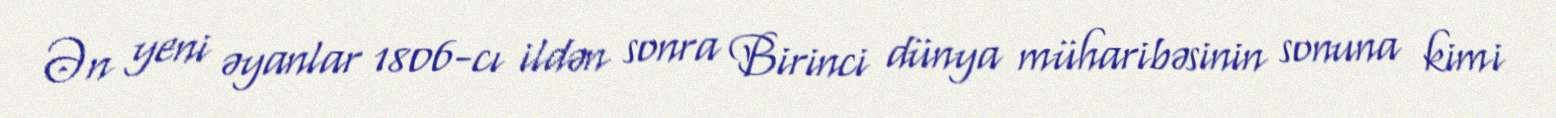
Ən yeni əyanlar 1806-cı ildən sonra Birinci dünya müharibəsinin sonuna kimi